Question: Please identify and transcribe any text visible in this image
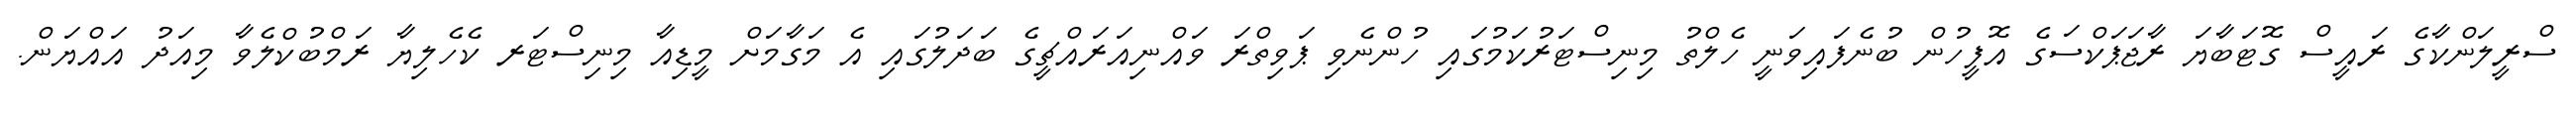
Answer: ސްރީލަންކާގެ ރައީސް ގޮޓަބާޔަ ރާޖަޕަކްސަގެ އޮފީހުން ބުނެފައިވަނީ ހެލްތު މިނިސްޓަރުކަމުގައި ހުންނެވި ޕަވިތްރަ ވައްނިއަރައްޗީގެ ބަދަލުގައި އެ މަގާމަށް މީޑިއާ މިނިސްޓަރ ކެހެލިޔާ ރަމްބުކްލެވާ މިއަދު އައްޔަން.